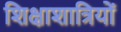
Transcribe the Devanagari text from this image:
शिक्षाशात्रियों